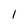
Character: l